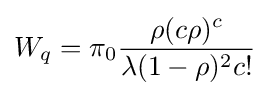
W_{q}=\pi _{0}{\frac {\rho (c\rho )^{c}}{\lambda (1-\rho )^{2}c!}}